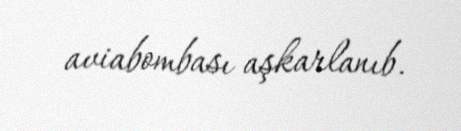
aviabombası aşkarlanıb.